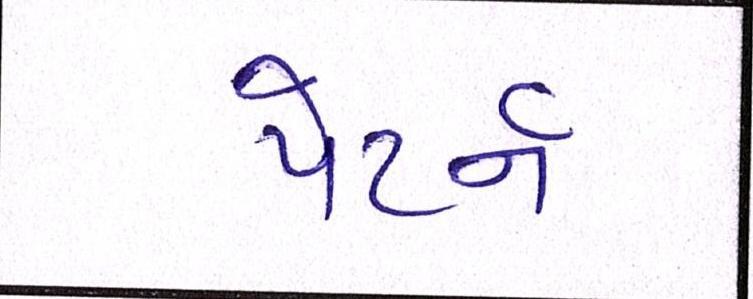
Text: પેટર્ન